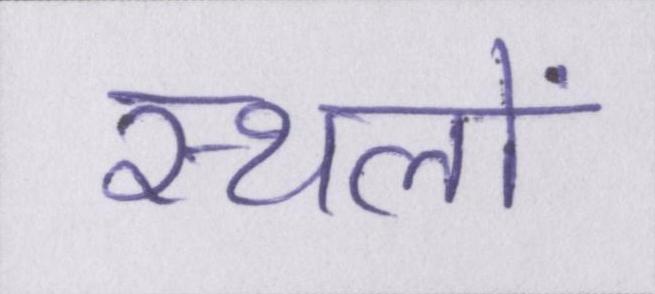
स्थलों